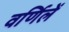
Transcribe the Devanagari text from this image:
वर्णिलें